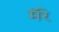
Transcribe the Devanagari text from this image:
मॅरे